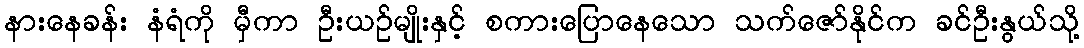
နားနေခန်း နံရံကို မှီကာ ဦးယဉ်မျိုးနှင့် စကားပြောနေသော သက်ဇော်နိုင်က ခင်ဦးနွယ်သို့